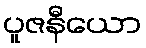
ပူဇနီယော